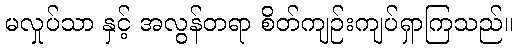
မလှုပ်သာ နှင့် အလွန်တရာ စိတ်ကျဉ်းကျပ်ရှာကြသည်။